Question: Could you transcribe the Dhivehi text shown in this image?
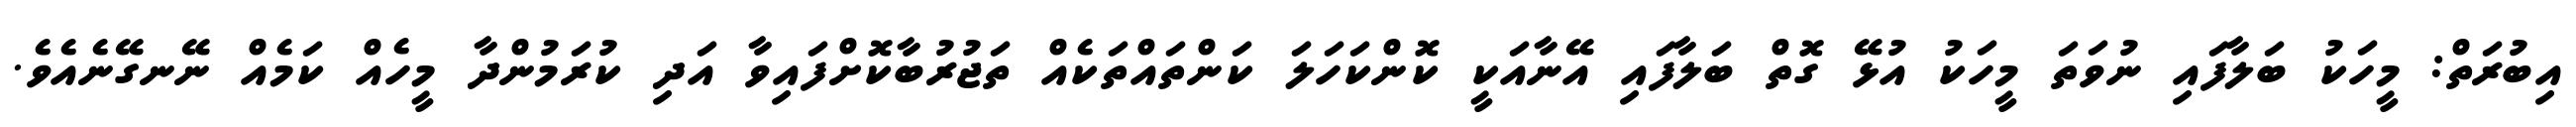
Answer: އިބުރަތް: މީހަކު ބަލާފައި ނުވަތަ މީހަކު އުޅޭ ގޮތް ބަލާފައި އޭނާއަކީ ކޮންކަހަލަ ކަންތައްތަކެއް ތަޖުރުބާކޮށްފައިވާ އަދި ކުރަމުންދާ މީހެއް ކަމެއް ނޭނގޭނެއެވެ.